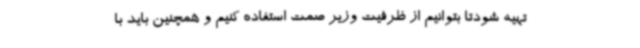
تهیه شودتا بتوانیم از ظرفیت وزیر صمت استفاده کنیم و همچنین باید با